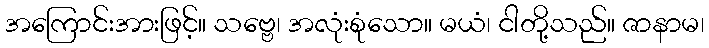
အကြောင်းအားဖြင့်။ သဗ္ဗေ၊ အလုံးစုံသော။ မယံ၊ ငါတို့သည်။ ဇာနာမ၊